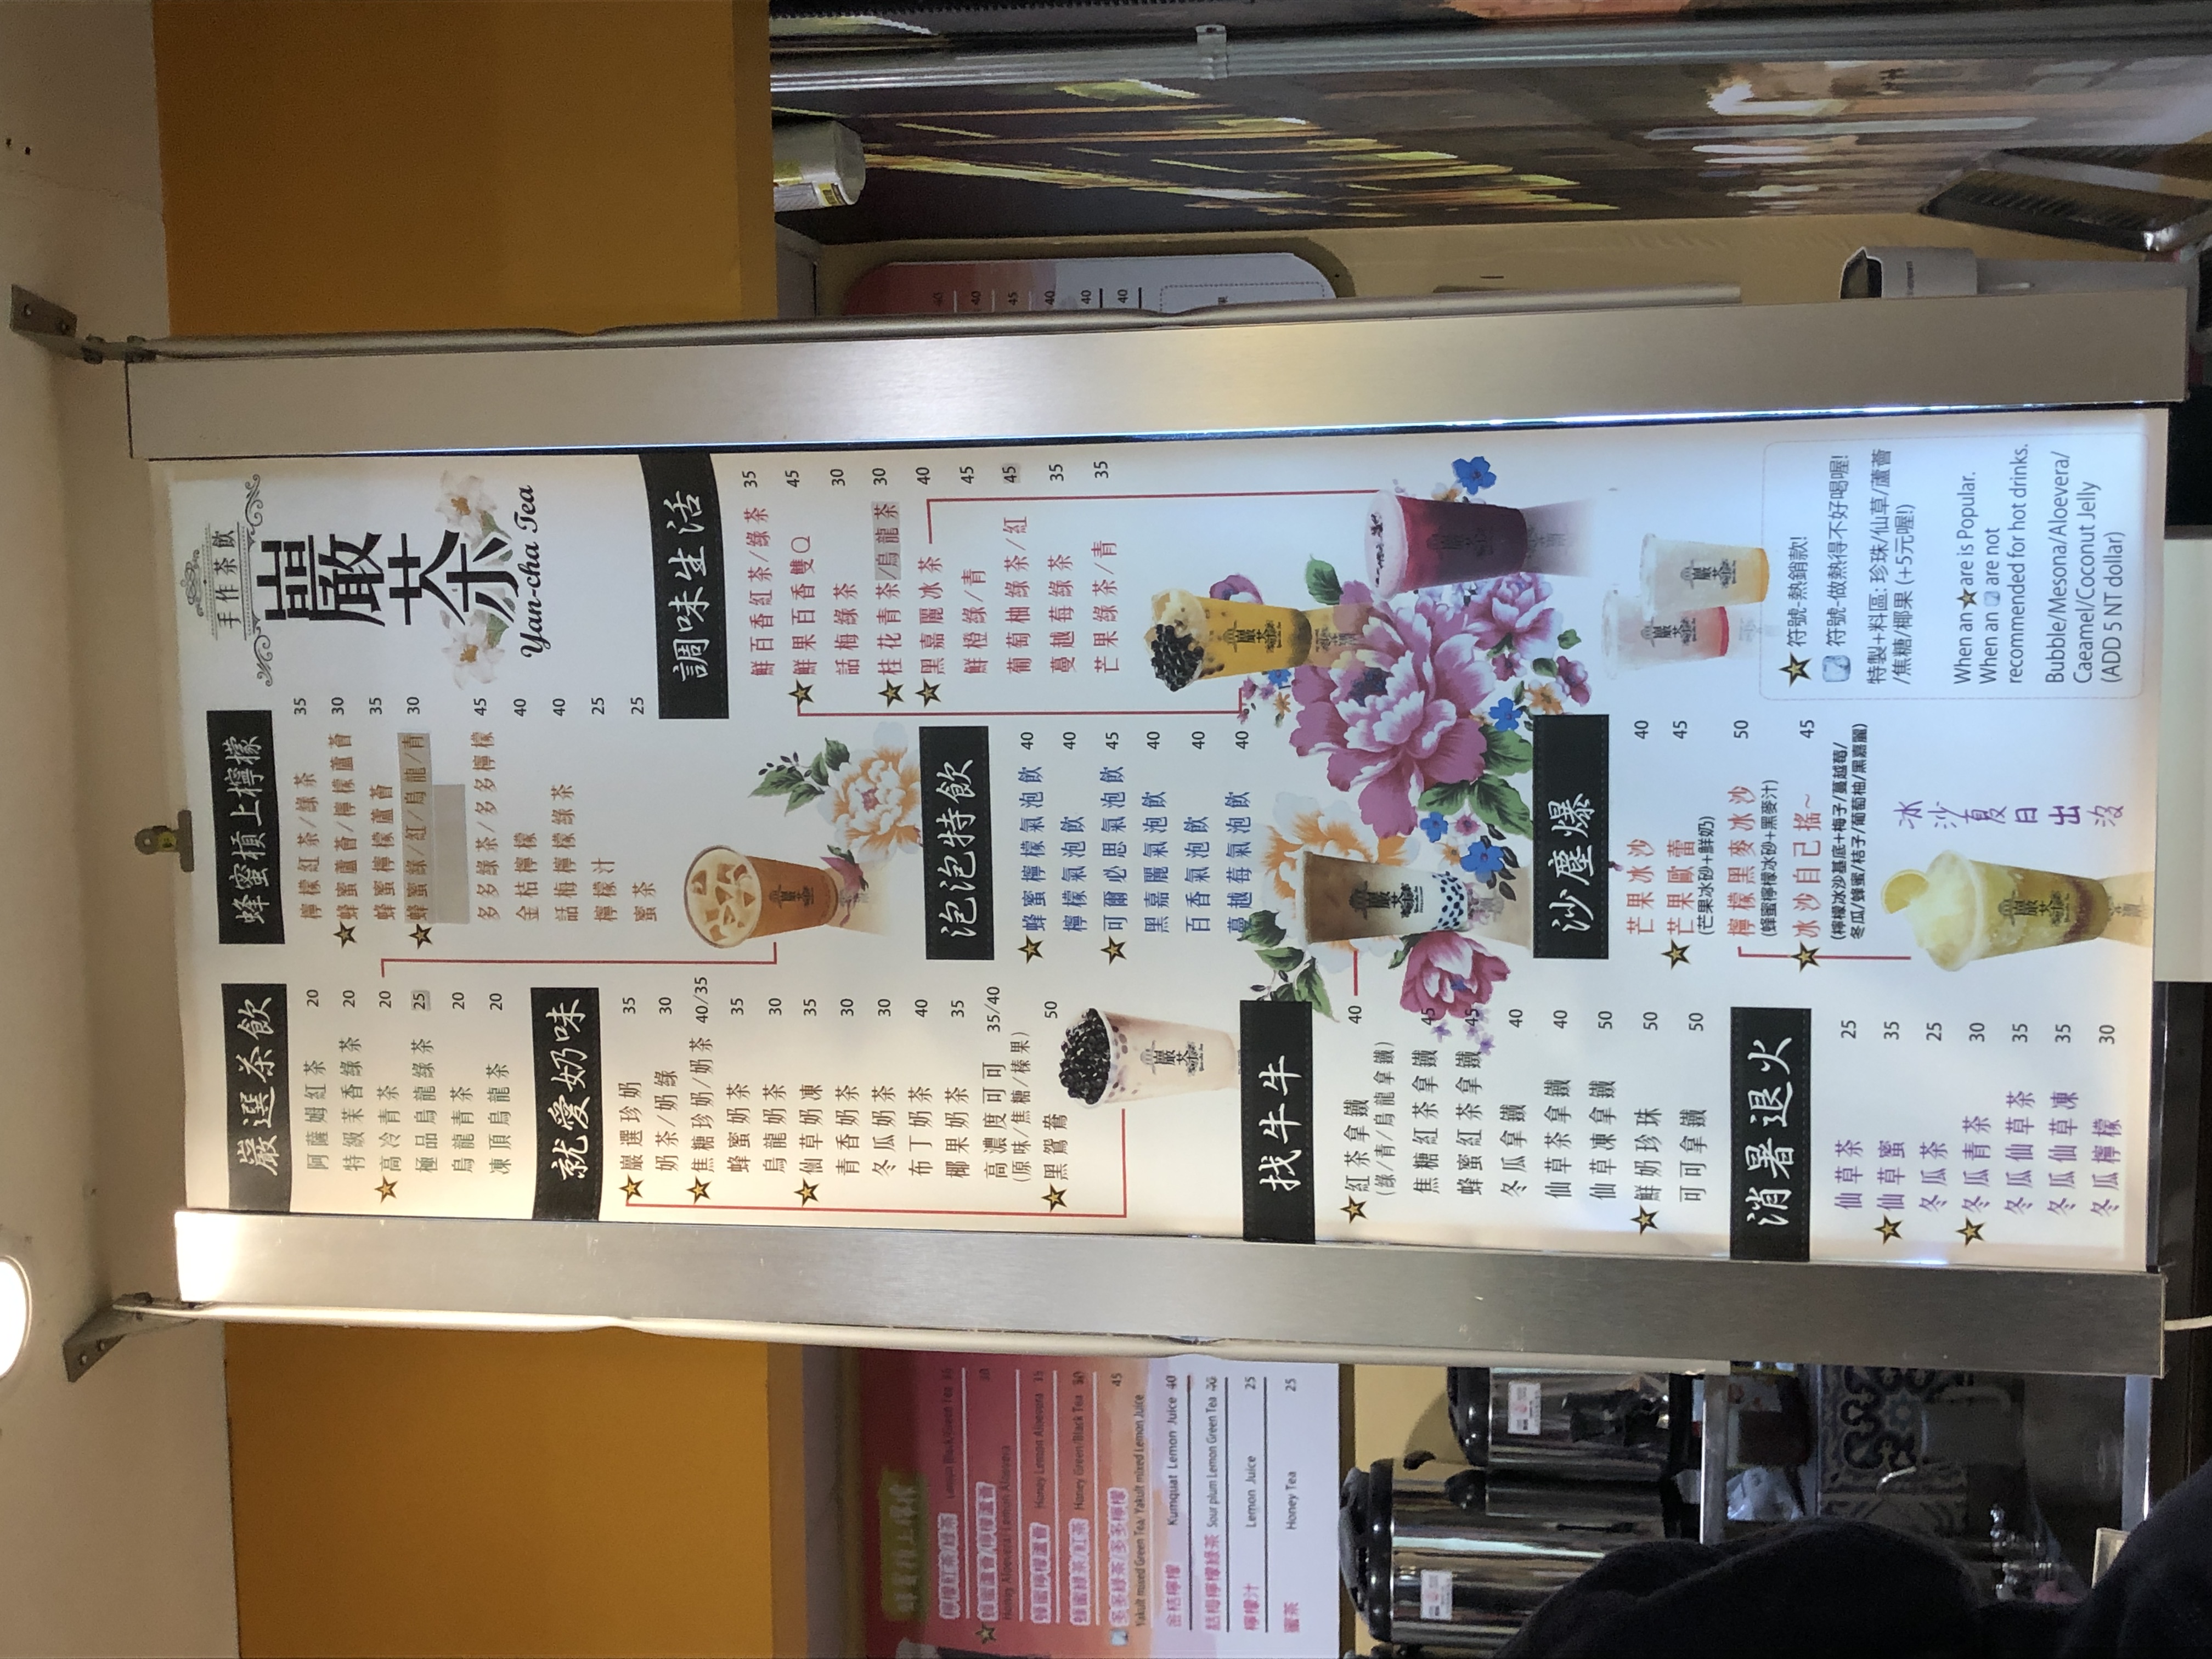
餐廳：Yan-du Tea
菜單：
name: 紅茶
price: 20
name: 香綠茶
price: 20
name: 烏龍茶
price: 25
name: 青茶
price: 20
name: 普洱茶
price: 20
name: 多多綠茶
price: 30
name: 金桔檸檬
price: 30
name: 話梅檸檬綠茶
price: 30
name: 檸檬汁
price: 25
name: 蜜茶
price: 25
name: 檸檬紅茶/綠茶
price: 35
name: 蜂蜜蘆薈/檸檬蘆薈
price: 30
name: 蜂蜜檸檬蘆薈
price: 35
name: 蜂蜜檸檬茶
price: 30
name: 蜂蜜綠茶
price: 35
name: 多多綠茶/多多檸檬
price: 45
name: 金桔檸檬
price: 40
name: 鮮百香紅茶/綠茶
price: 35
name: 鮮果百香雙響
price: 45
name: 話梅綠茶
price: 30
name: 桂花青茶/綠茶
price: 30
name: 黑嘉麗冰茶
price: 40
name: 鮮橙綠/青
price: 45
name: 葡萄柚綠茶
price: 45
name: 蔓越莓綠茶
price: 35
name: 芒果綠茶
price: 35
name: 嚴選珍珠奶茶
price: 35
name: 奶茶/奶綠
price: 30
name: 焦糖奶茶
price: 35
name: 蜂蜜奶茶
price: 30
name: 烏龍奶茶
price: 35
name: 仙草奶茶
price: 30
name: 青香奶茶
price: 30
name: 冬瓜奶茶
price: 35
name: 布丁奶茶
price: 30
name: 椰果奶茶
price: 40
name: 高濃度 (濃)奶茶
price: 35/40
name: 黑寶蕉奶茶
price: 50
name: 蜂蜜檸檬氣泡飲
price: 40
name: 檸檬氣泡飲
price: 40
name: 蜂蜜檸檬蔓越莓氣泡飲
price: 45
name: 黑嘉麗氣泡飲
price: 40
name: 百香氣泡飲
price: 40
name: 蔓越莓氣泡飲
price: 35
name: 芒果冰沙
price: 40
name: 仙草茶
price: 25
name: 冬瓜蜜
price: 35
name: 冬瓜茶
price: 25
name: 冬瓜檸檬
price: 30
name: 冬瓜仙草
price: 35
name: 冬瓜檸檬
price: 30